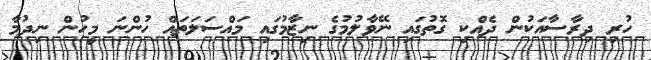
ހުރި ދިރާސާއަކުން ދެއްކި ގޮތުގައި ނޭވާލުމުގެ ނިޒާމުގައި މައްސަލަތައް ހުންނަ މީހުން ނިދުމާ